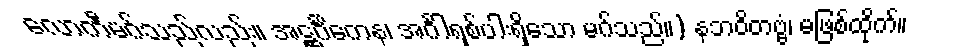
လောကီမဂ်သည်လည်း။ အဋ္ဌင်္ဂိကေန၊ အင်္ဂါရှစ်ပါးရှိသော မဂ်သည်။) နဘဝိတဗ္ဗံ၊ မဖြစ်ထိုက်။